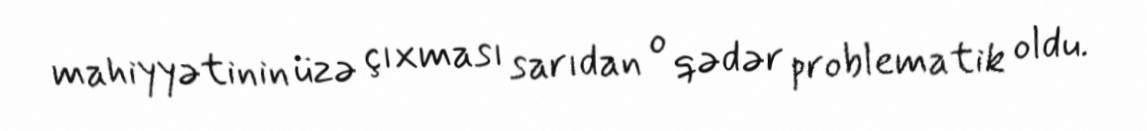
mahiyyətinin üzə çıxması sarıdan o qədər problematik oldu.